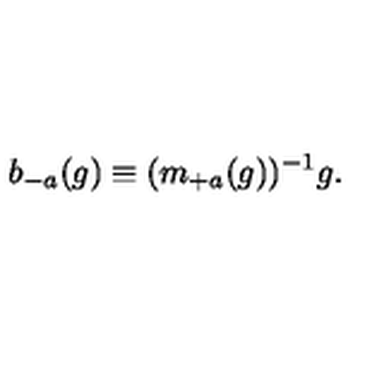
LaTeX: b _ { - a } ( g ) \equiv ( m _ { + a } ( g ) ) ^ { - 1 } g .